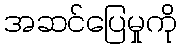
အဆင်ပြေမှုကို